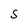
Character: S